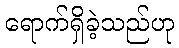
ရောက်ရှိခဲ့သည်ဟု